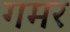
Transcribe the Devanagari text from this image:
गमर